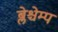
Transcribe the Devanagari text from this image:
ब्लेश्चेम्प